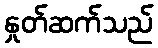
နှုတ်ဆက်သည်